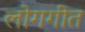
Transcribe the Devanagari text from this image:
लोगगीत